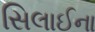
સિલાઈના